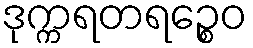
ဒုက္ကရတရဉ္စေဝ